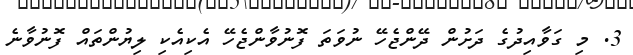
3. މި ގަވާއިދުގެ ދަށުން ދޭންޖެހޭ ނުވަތަ ފޮނުވާންޖެހޭ އެކިއެކި ލިޔުންތައް ފޮނުވާނެ